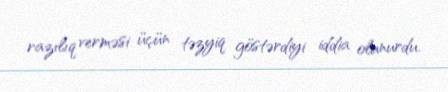
razılıq verməsi üçün təzyiq göstərdiyi iddia olunurdu.